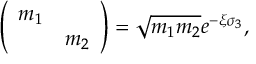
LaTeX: \left( \begin{array} { c c } { { m _ { 1 } } } & { { } } \\ { { } } & { { m _ { 2 } } } \end{array} \right) = \sqrt { m _ { 1 } m _ { 2 } } e ^ { - \xi \sigma _ { 3 } } ,